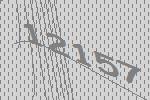
12157